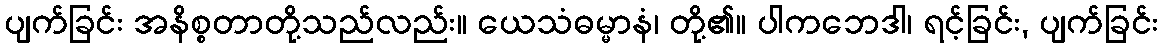
ပျက်ခြင်း အနိစ္စတာတို့သည်လည်း။ ယေသံဓမ္မာနံ၊ တို့၏။ ပါကဘေဒါ၊ ရင့်ခြင်း, ပျက်ခြင်း